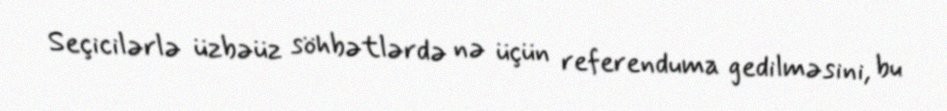
Seçicilərlə üzbəüz söhbətlərdə nə üçün referenduma gedilməsini, bu